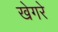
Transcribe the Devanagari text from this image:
खेगरे